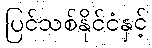
ပြင်သစ်နိုင်ငံနှင့်